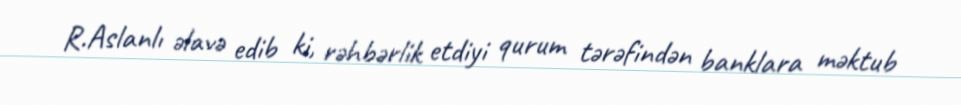
R.Aslanlı əlavə edib ki, rəhbərlik etdiyi qurum tərəfindən banklara məktub